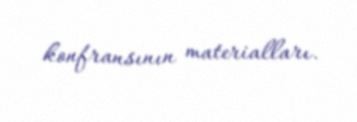
konfransının materialları.